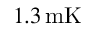
1 . 3 \, \mathrm { m K }